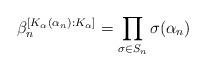
LaTeX: \begin{align*} \beta_n^{[K_\alpha(\alpha_n):K_\alpha]} = \prod_{\sigma\in S_n}\sigma(\alpha_n)\end{align*}